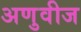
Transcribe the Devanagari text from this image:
अणुवीज